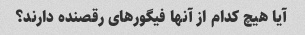
آیا هیچ کدام از آنها فیگورهای رقصنده دارند؟